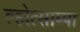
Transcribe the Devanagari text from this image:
ल्होत्साम्पा